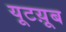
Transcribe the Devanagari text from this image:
यूटय़ूब